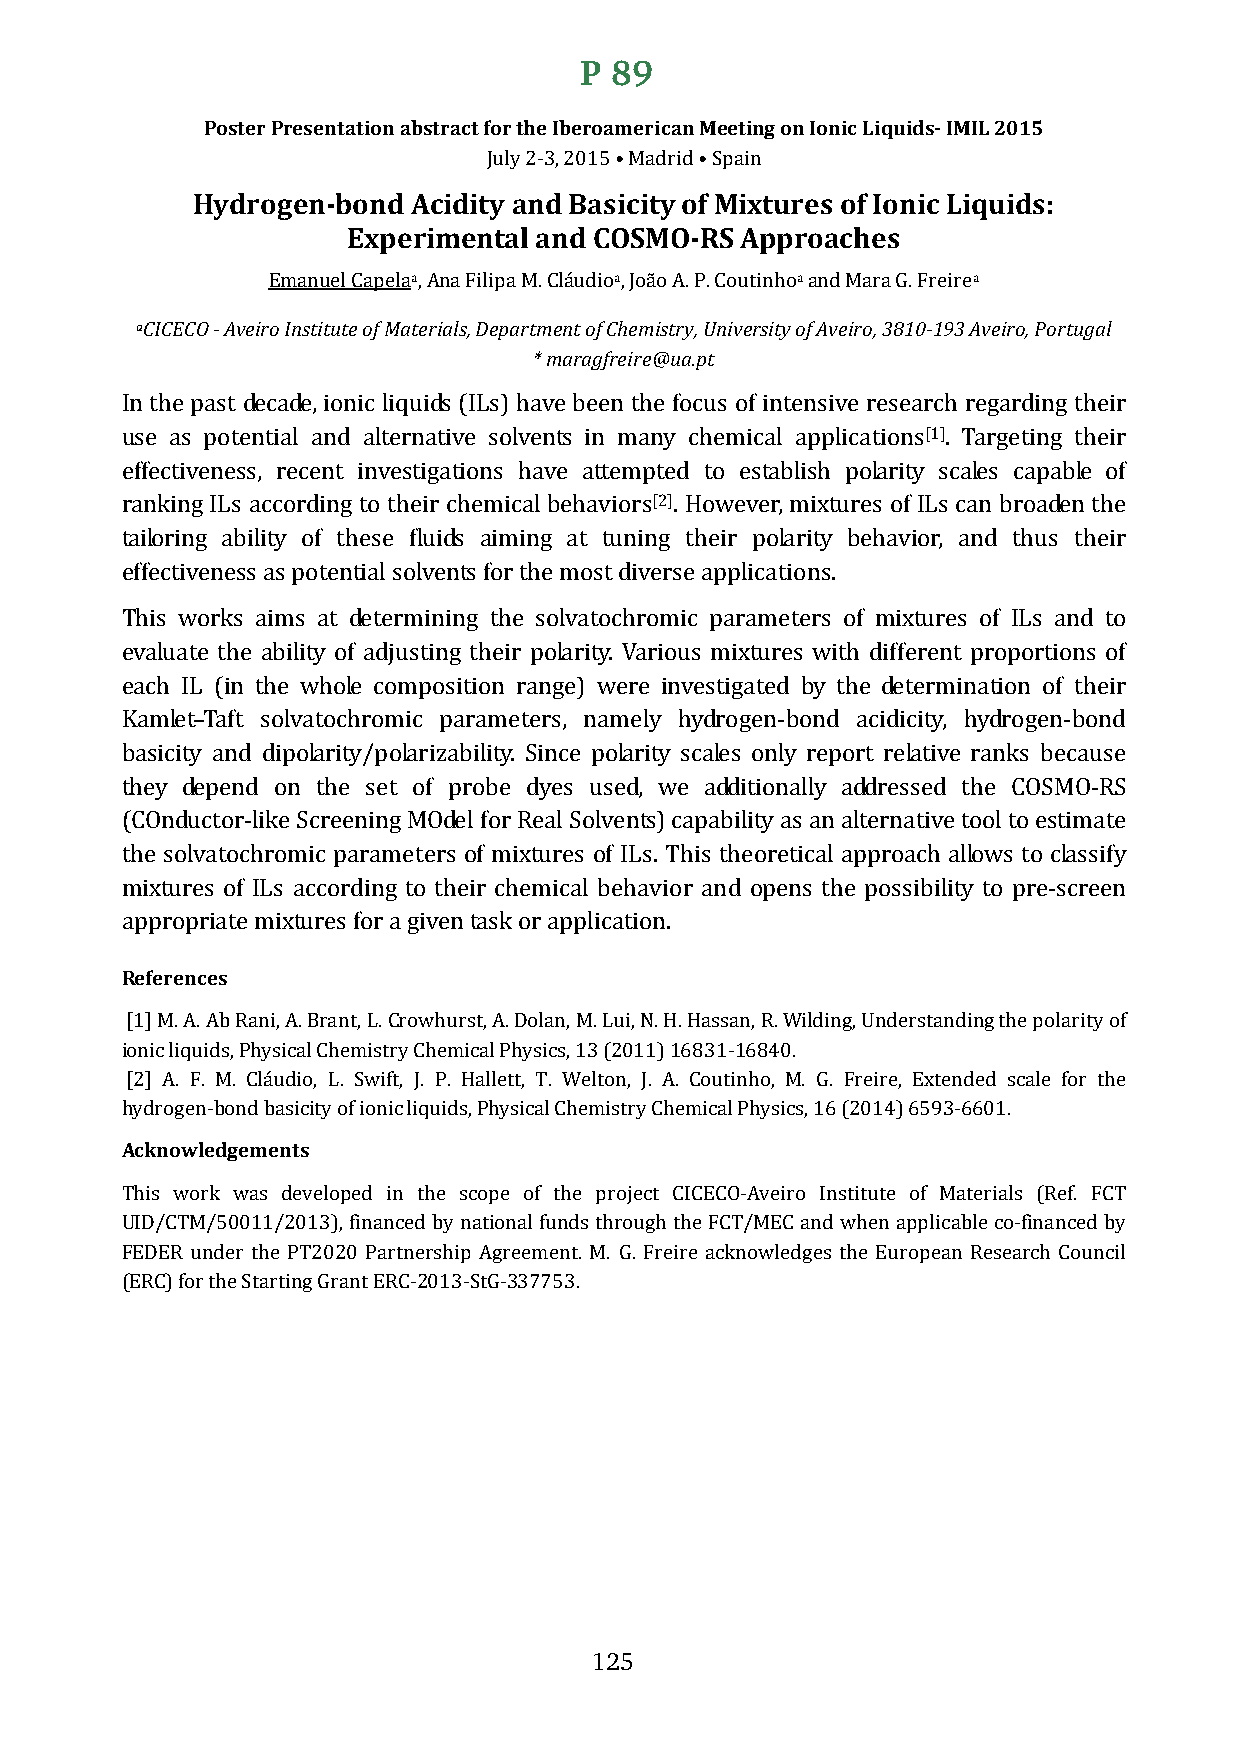
P 89
 Poster Presentation abstract for the Iberoamerican Meeting on Ionic Liquids- IMIL 2015
 Hydrogen-bond AciditJyul ya 2n-3d, 2B01a5s •i cMiatdyr iod •f SMpaiixn tures of Ionic Liquids:
 Experimental and COSMO-RS Approaches
 a             a           a          a
 aCICECO - AveirEo mInasntiutuelt eC oapf Melaat,e Arinaals F, Dilieppaa Mrtm. Celnátu odfi oCh, eJomãios tAry. ,P U. Cnoivuetrisnihtyo o fa Anvde Miroar, a3 8G1. 0F-r1e9ir3e Av eiro, Portugal
 * maragfreire@ua.pt
 In the past decade, ionic liquids (ILs) have been the focus of intensive research regarding their
 [1]
 use as potential and alternative solvents in many chemical applications . Targeting their
 effectiveness, recent investigations have attempted to establish polarity scales capable of
 [2]
 ranking ILs according to their chemical behaviors . However, mixtures of ILs can broaden the
 tailoring ability of these fluids aiming at tuning their polarity behavior, and thus their
 effectiveness as potential solvents for the most diverse applications.
 This works aims at determining the solvatochromic parameters of mixtures of ILs and to
 evaluate the ability of adjusting their polarity. Various mixtures with different proportions of
 each IL (in the whole composition range) were investigated by the determination of their
 Kamlet–Taft solvatochromic parameters, namely hydrogen-bond acidicity, hydrogen-bond
 basicity and dipolarity/polarizability. Since polarity scales only report relative ranks because
 they depend on the set of probe dyes used, we additionally addressed the COSMO-RS
 (COnductor-like Screening MOdel for Real Solvents) capability as an alternative tool to estimate
 the solvatochromic parameters of mixtures of ILs. This theoretical approach allows to classify
 mixtures of ILs according to their chemical behavior and opens the possibility to pre-screen
 Rapefperroenpcreiaste mixtures for a given task or application.
 [1] M. A. Ab Rani, A. Brant, L. Crowhurst, A. Dolan, M. Lui, N. H. Hassan, R. Wilding, Understanding the polarity of
 ionic liquids, Physical Chemistry Chemical Physics, 13 (2011) 16831-16840.
 [2] A. F. M. Cláudio, L. Swift, J. P. Hallett, T. Welton, J. A. Coutinho, M. G. Freire, Extended scale for the
 hAycdkrnoogwenle-bdognedm beanstisci ty of ionic liquids, Physical Chemistry Chemical Physics, 16 (2014) 6593-6601.
 This work was developed in the scope of the project CICECO-Aveiro Institute of Materials (Ref. FCT
 UID/CTM/50011/2013), financed by national funds through the FCT/MEC and when applicable co-financed by
 FEDER under the PT2020 Partnership Agreement. M. G. Freire acknowledges the European Research Council
 (ERC) for the Starting Grant ERC-2013-StG-337753.
 125